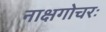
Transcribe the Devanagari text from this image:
नाक्षगोचरः